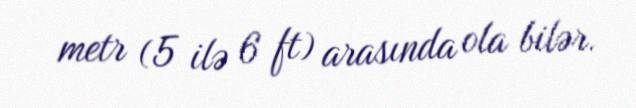
metr (5 ilə 6 ft) arasında ola bilər.